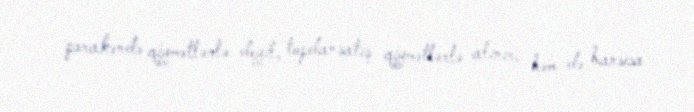
pərakəndə qiymətlərlə deyil, topdansatış qiymətlərlə alınır, həm də hansısa